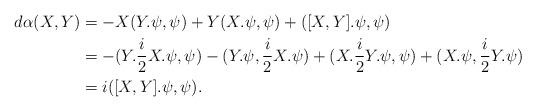
LaTeX: \begin{align*} d\alpha (X,Y)&=-X(Y.\psi,\psi)+Y(X.\psi,\psi)+([X,Y].\psi,\psi)\\ &=-(Y.\frac{i}{2}X.\psi,\psi)-(Y.\psi,\frac{i}{2}X.\psi)+(X.\frac{i}{2}Y.\psi,\psi)+(X.\psi,\frac{i}{2}Y.\psi)\\ &=i([X,Y].\psi,\psi).\end{align*}